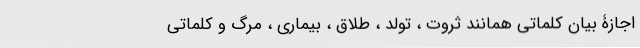
اجازۀ بیان کلماتی همانند ثروت ، تولد ، طلاق ، بیماری ، مرگ و کلماتی